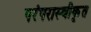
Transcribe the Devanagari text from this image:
परंपरास्वीकृत